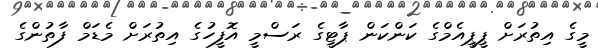
މީގެ އިތުރަށް ޕީޕީއެމްގެ ކަންކަން ޕާޓީގެ ރަސްމީ އޮފީހުގެ އިތުރަށް މެޑަމް ފާތުންގެ